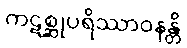
ကဋစ္ဆုပရိဿာဝနန္တိ